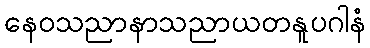
နေဝသညာနာသညာယတနူပဂါနံ